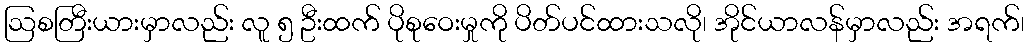
ဩစတြီးယားမှာလည်း လူ ၅ ဦးထက် ပိုစုဝေးမှုကို ပိတ်ပင်ထားသလို၊ အိုင်ယာလန်မှာလည်း အရက်၊